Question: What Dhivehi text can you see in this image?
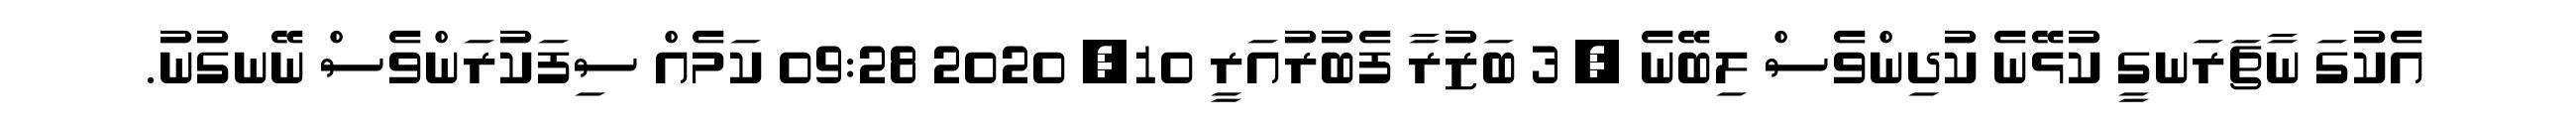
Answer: އެކުގަ ނާޗަރަނގީ ކުޅޭނެ ކުދިންވެސް ލިބޭނެ ? 3 ބަޒުރާ ފެބުރުއަރީ 10, 2020 09:28 ކަމެއް ސިފަކުރަންވެސް ނޭނގުނު.